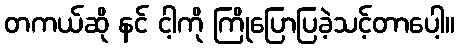
တကယ်ဆို နင် ငါ့ကို ကြိုပြောပြခဲ့သင့်တာပေါ့။